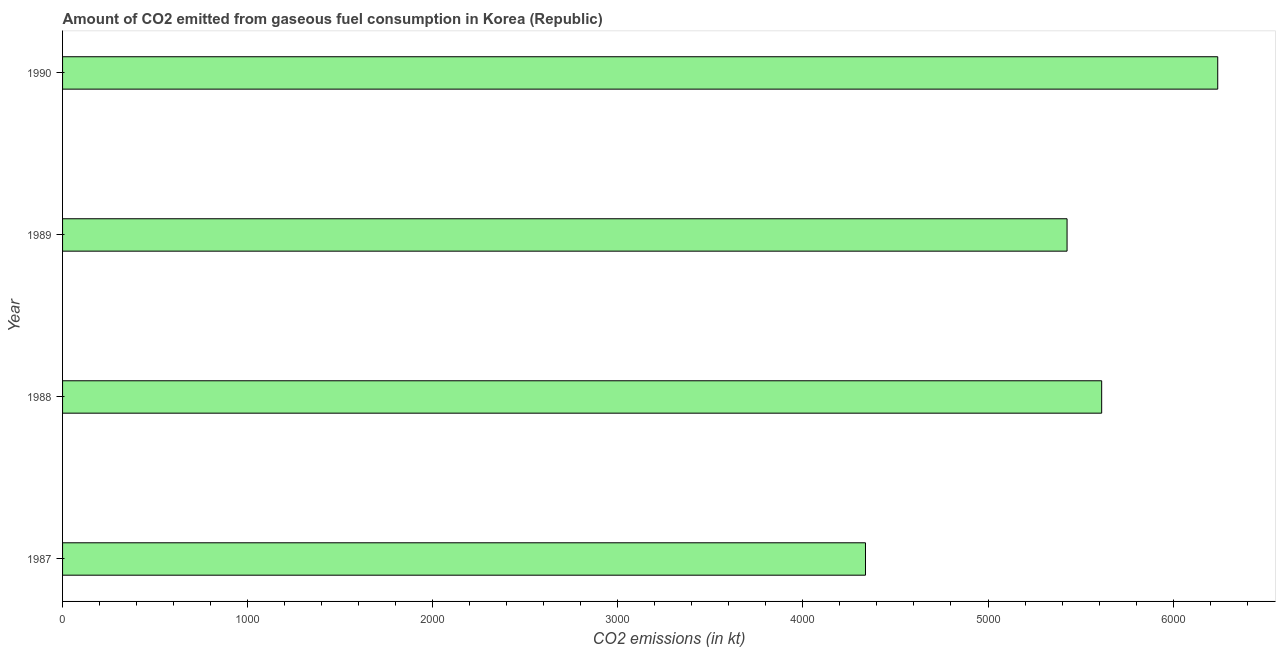
| Year | CO2 emissions from gaseous fuel consumption |
 | --- | --- |
 | 1987 | 4.34e+03 |
 | 1988 | 5.61e+03 |
 | 1989 | 5.43e+03 |
 | 1990 | 6.24e+03 |